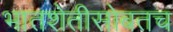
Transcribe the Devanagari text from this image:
भातशेतीसोबतच